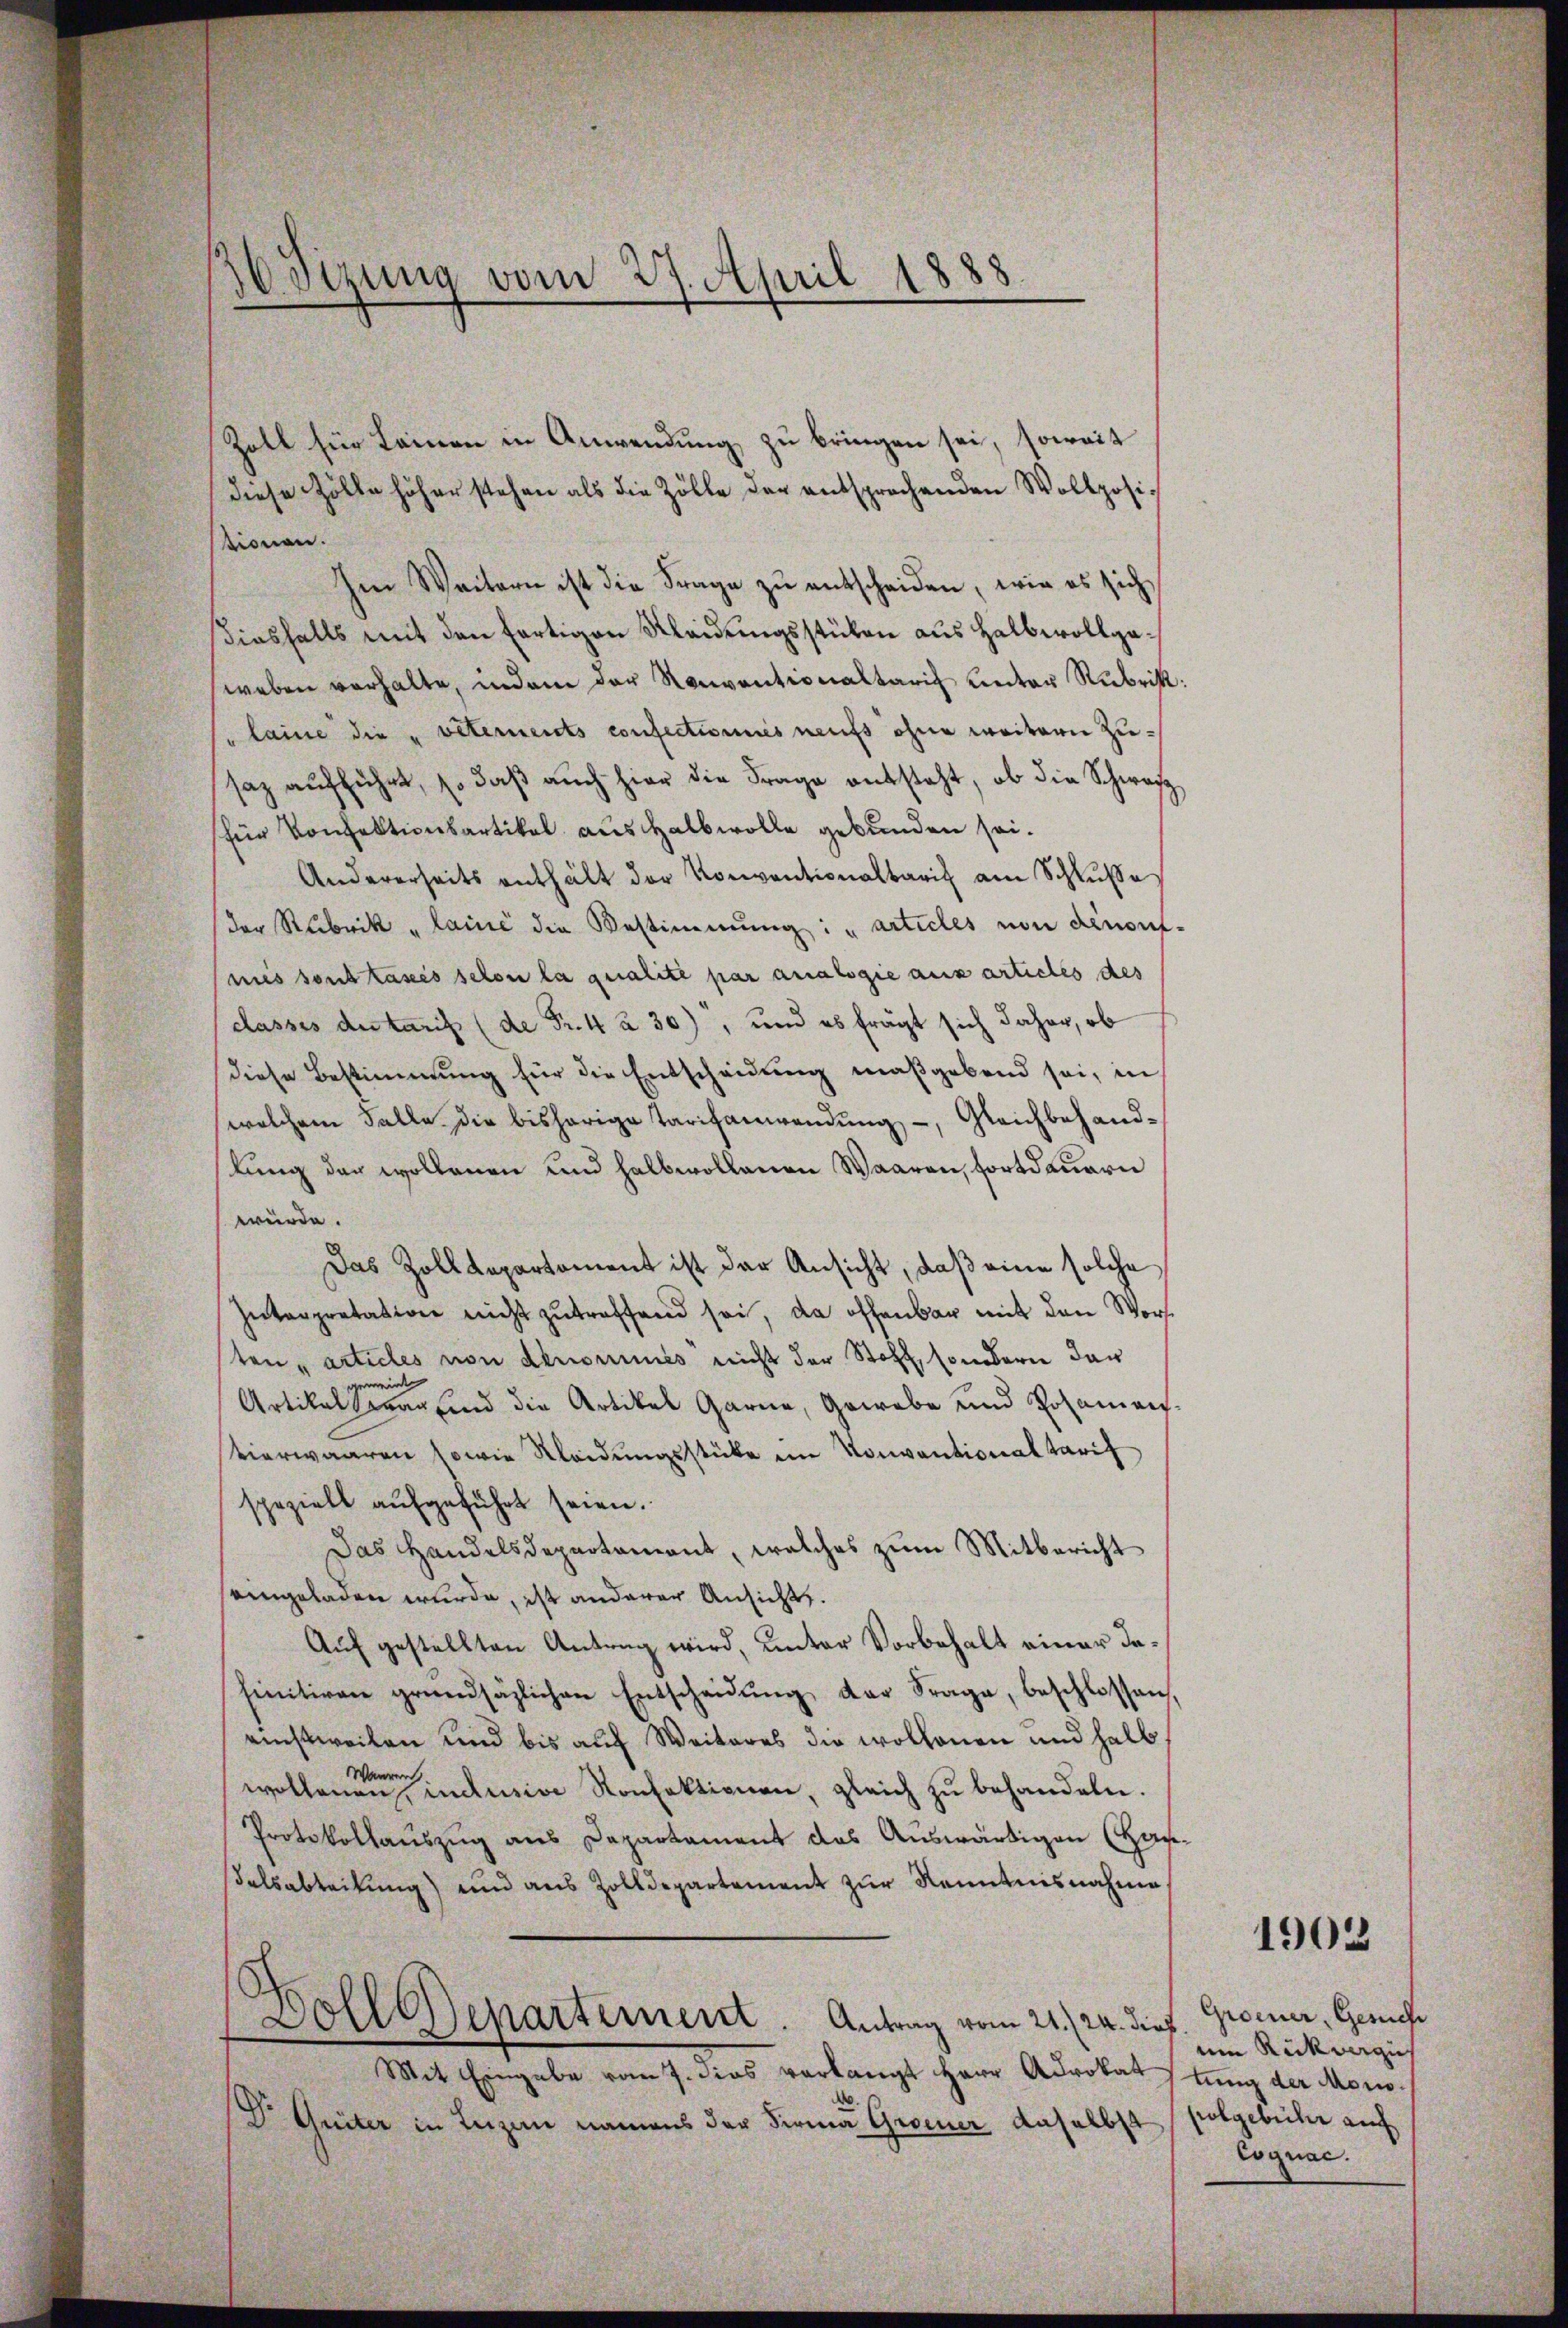
16 Sitzung vom 27. April 1888

Zoll für Leinen in Anwendung zu bringen sei, soweit
diese Zölle höher stehen als die Zölle der entsprochenden Wollpositionen.
Ien Weitern ist die Frage zŭ entscheiden, wie es sich
siesfalls mit den fertigen Kleidungsstücken aus Halbwollgaweben verhalte, indem der Konventionaltarif unter Rubrik:
laine die „veternents consectionies neuf ohne weitern Zusaz aufführt, so daβ aŭch hier die Frage entsteht, ob die Schwarz
für Konfektionsartikel aus Halbwolle gebunden sei.
Andererseits enthält der Konventionalbaris am Schlŭβe
der Rubrik „laine die Bestimmung: „articles von denoufmies sous tassés selon la qualité par analogie aux articles des
classes du taris (de Fr. 4 à 30), und es fragt sich daher, ob
diese Bestimmung für die Entscheidung maßgebend sei, in
welchem Falle die bisherige Tarifanwendŭng, Gleichbehand-
kung der wollenen und halbwollenen Waaren, fortdauern
würde.
Das Zolldepartement ist der Ansicht, daß eine solche
Interpretation nicht zutreffend sei, da offenbar mit den Wort
ten" articles von denominis nicht der Stoff, sondern dar
Artikel zwar sind die Artikel Garne, Gewebe und Posamenstierwaaren sowie Kleidungsstücke im Konventionaltarif
spezielt aufgeführt seien.
Das Handelsdepartement, welches zum Mitbericht
eingeladen wurde, ist anderer Ansicht.
Auf gestellten Antrag wird, unter Vorbehalt einer dafinitiven grundsätzlichen Entscheidŭng der Frage, beschlossen,
einstweilen und bis auf Weiteres die wollenen und halb
Warrer
wollenen, indusive Konfektionen, gleich zu behandeln.
Protokollauszug aus Departament das Auswärtigen (Hageβalsabteilŭng und aus Zolldepartement zŭr Kenntnisnahme.
d
Doll Departement. Antrag vom 21. 24. dieß
Mit Eingabe vom 7. dies verlangt Herr Advokat stung der Mor¬
Dr. Giiter in Luzern namens der Firma Greuer daselbst

1903

Groener, Gesuche
um Rückvergis
folgebühr auf
Cognac.